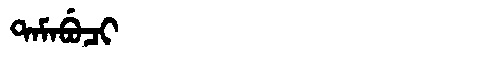
Manchu: ᡨᠠᠮᠠᠪᡠᠴᡳ
Romanization: TAMABUCI